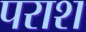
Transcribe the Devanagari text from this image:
पराश